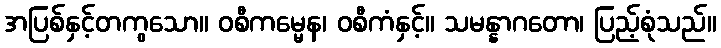
အပြစ်နှင့်တကွသော။ ဝစီကမ္မေန၊ ဝစီကံနှင့်။ သမန္နာဂတော၊ ပြည့်စုံသည်။